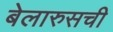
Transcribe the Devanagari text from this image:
बेलारुसची